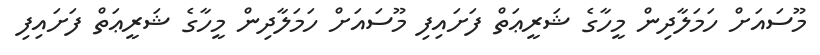
މޫސައަށް ހަމަލާދިން މީހާގެ ޝަރީޢަތް ފަށައިފި މޫސައަށް ހަމަލާދިން މީހާގެ ޝަރީޢަތް ފަށައިފި